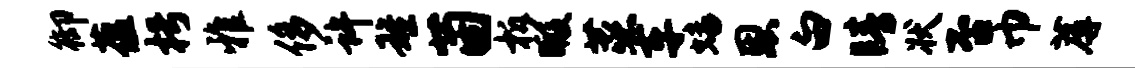
御蕴枵雅侈许雄茵柝暇蒸车蟠恩白睛状否巾蓐